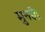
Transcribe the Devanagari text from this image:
मुनक्के